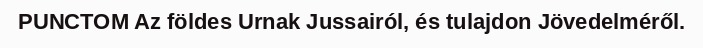
PUNCTOM Az földes Urnak Jussairól, és tulajdon Jövedelméről.